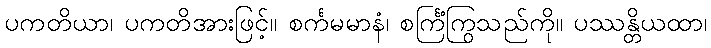
ပကတိယာ၊ ပကတိအားဖြင့်။ စင်္ကမမာနံ၊ စင်္ကြံကြွသည်ကို။ ပဿန္တိယထာ၊